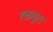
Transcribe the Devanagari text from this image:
रक्तपुरा